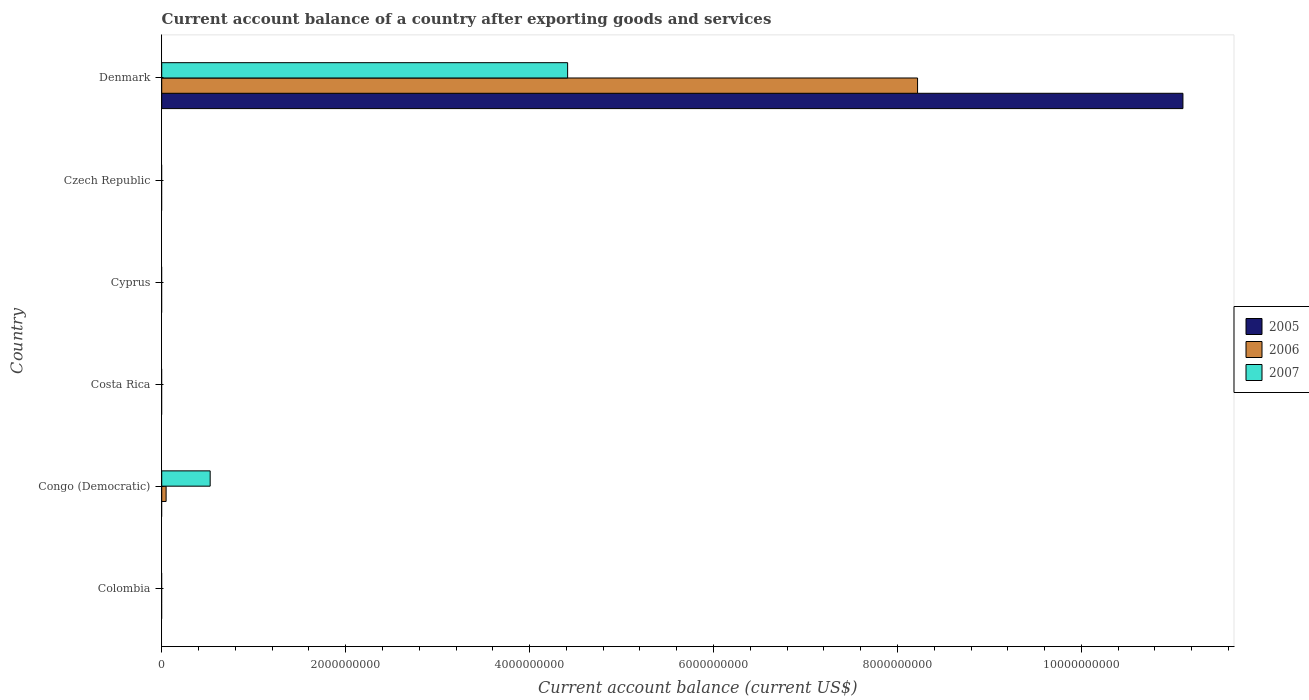
| Country | 2005 | 2006 | 2007 |
 | --- | --- | --- | --- |
 | Colombia | -1.89e+09 | -2.91e+09 | -6.01e+09 |
 | Congo (Democratic) | -3.89e+08 | 4.78e+07 | 5.27e+08 |
 | Costa Rica | -9.81e+08 | -1.02e+09 | -1.65e+09 |
 | Cyprus | -9.71e+08 | -1.28e+09 | -1.83e+09 |
 | Czech Republic | -1.21e+09 | -3.13e+09 | -7.94e+09 |
 | Denmark | 1.11e+10 | 8.22e+09 | 4.41e+09 |